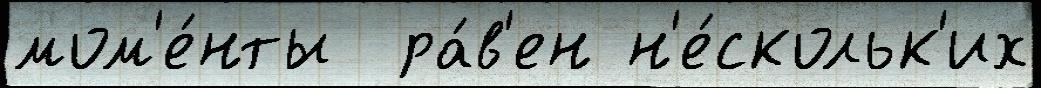
мом'е́нты  ра́в'ен н'е́скольк'их